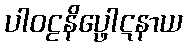
ပါဝဠနိပ္ဖေါဋနာယ